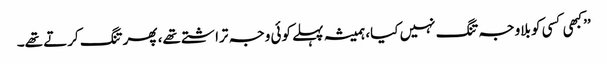
’’کبھی کسی کو بلاوجہ تنگ نہیں کیا، ہمیشہ پہلے کوئی وجہ تراشتے تھے، پھر تنگ کرتے تھے۔